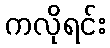
ကလိုရင်း